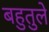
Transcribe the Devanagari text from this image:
बहुतुले